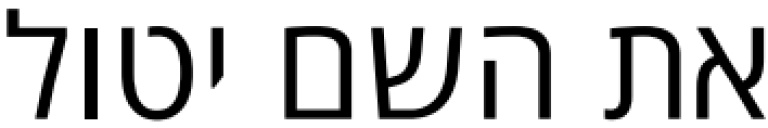
את השם יטול